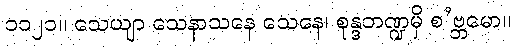
၁၁၂၁။ သေယျာ သေနာသနေ သေနေ၊ စုန္ဒဘဏ္ဍမှိ စ’ဗ္ဘမော။